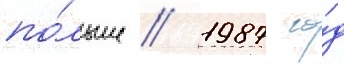
по́льше / 1987 го́д